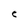
Character: C